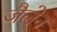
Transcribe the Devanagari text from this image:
जैलेन